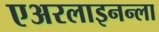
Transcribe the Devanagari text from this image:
एअरलाइनन्ला